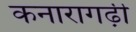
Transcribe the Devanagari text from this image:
कनारागढ़ी